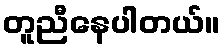
တူညီနေပါတယ်။